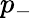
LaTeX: p_{-}